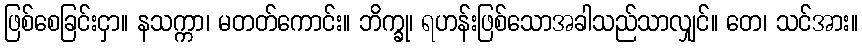
ဖြစ်စေခြင်းငှာ။ နသက္ကာ၊ မတတ်ကောင်း။ ဘိက္ခု၊ ရဟန်းဖြစ်သောအခါသည်သာလျှင်။ တေ၊ သင်အား။